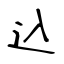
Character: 込